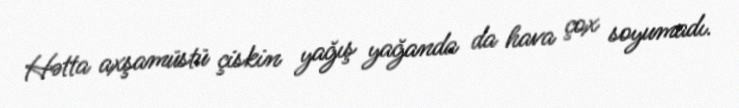
Hətta axşamüstü çiskin yağış yağanda da hava çox soyumadı.